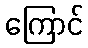
ကြောင်